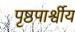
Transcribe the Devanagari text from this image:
पृष्ठपार्श्वीय